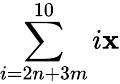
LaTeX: \sum\limits_{i=2n+3m}^{10}i\mathbf{x}